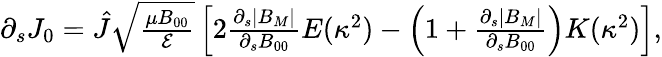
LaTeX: \begin{array}{r}{\partial_{s}J_{0}=\hat{J}\sqrt{\frac{\mu B_{00}}{{\cal E}}}\left[2\frac{\partial_{s}|B_{M}|}{\partial_{s}B_{00}}E(\kappa^{2})-\left(1+\frac{\partial_{s}|B_{M}|}{\partial_{s}B_{00}}\right)K(\kappa^{2})\right],}\end{array}